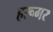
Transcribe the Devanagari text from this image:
हरूगर